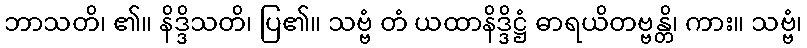
ဘာသတိ၊ ၏။ နိဒ္ဒိသတိ၊ ပြ၏။ သဗ္ဗံ တံ ယထာနိဒ္ဒိဋ္ဌံ ဓာရယိတဗ္ဗန္တိ၊ ကား။ သဗ္ဗံ၊